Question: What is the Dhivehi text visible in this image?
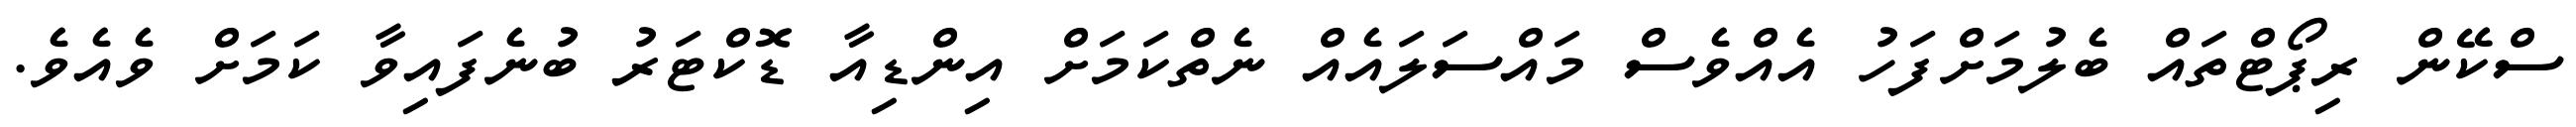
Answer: ސްކޭން ރިޕޯޓްތައް ބެލުމަށްފަހު އެއްވެސް މައްސަލައެއް ނެތްކަމަށް އިންޑިއާ ޑޮކްޓަރު ބުނެފައިވާ ކަމަށް ވެއެވެ.